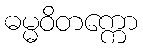
ဓမ္မဝိတက္ကော